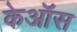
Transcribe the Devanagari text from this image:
केऑस